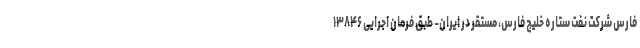
فارس شرکت نفت ستاره خلیج فارس، مستقر در ایران- طبق فرمان اجرایی ۱۳۸۴۶